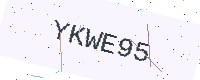
Text: YKWE95